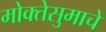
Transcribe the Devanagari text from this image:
मोक्तेसुमाचे